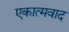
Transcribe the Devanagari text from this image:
एकात्मवाद